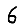
Digit: 6